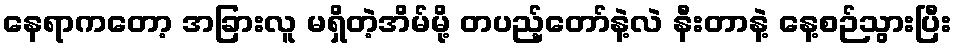
နေရာကတော့ အခြားလူ မရှိတဲ့အိမ်မို့ တပည့်တော်နဲ့လဲ နီးတာနဲ့ နေ့စဉ်သွားပြီး